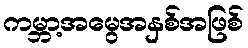
ကမ္ဘာ့အမွေအနှစ်အဖြစ်